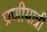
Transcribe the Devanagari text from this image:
प्राणीमात्री